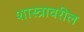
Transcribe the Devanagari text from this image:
शास्त्रावरील